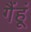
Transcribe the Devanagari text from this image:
गैंहूं